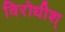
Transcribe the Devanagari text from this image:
विरोधीश्